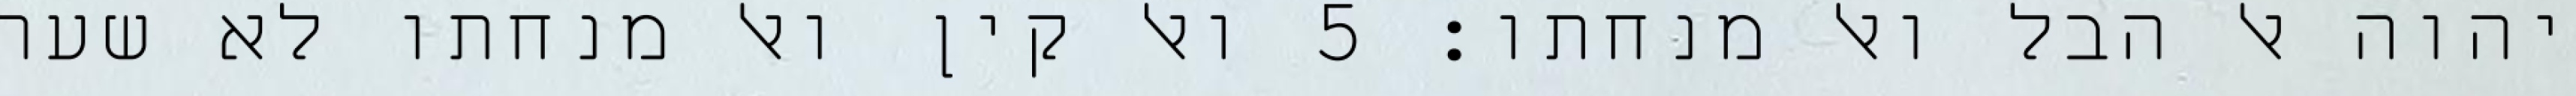
יהוה אל הבל ואל מנחתו׃ ‎5‏ ואל קין ואל מנחתו לא שעה